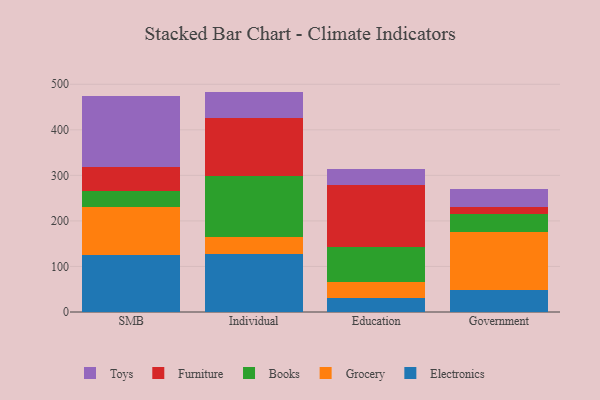
{"axis": {"x": "Segment", "y": "Budget (USD K)"}, "legend": ["Books", "Electronics", "Furniture", "Grocery", "Toys"], "data": [{"x": "SMB", "y": 124.8, "type": "Electronics"}, {"x": "SMB", "y": 105.2, "type": "Grocery"}, {"x": "SMB", "y": 36.5, "type": "Books"}, {"x": "SMB", "y": 52.9, "type": "Furniture"}, {"x": "SMB", "y": 154.3, "type": "Toys"}, {"x": "Individual", "y": 128.1, "type": "Electronics"}, {"x": "Individual", "y": 36.8, "type": "Grocery"}, {"x": "Individual", "y": 134.6, "type": "Books"}, {"x": "Individual", "y": 126.7, "type": "Furniture"}, {"x": "Individual", "y": 57.7, "type": "Toys"}, {"x": "Education", "y": 31.6, "type": "Electronics"}, {"x": "Education", "y": 33.9, "type": "Grocery"}, {"x": "Education", "y": 76.5, "type": "Books"}, {"x": "Education", "y": 137.5, "type": "Furniture"}, {"x": "Education", "y": 34.8, "type": "Toys"}, {"x": "Government", "y": 47.7, "type": "Electronics"}, {"x": "Government", "y": 128.8, "type": "Grocery"}, {"x": "Government", "y": 39.2, "type": "Books"}, {"x": "Government", "y": 13.8, "type": "Furniture"}, {"x": "Government", "y": 41.5, "type": "Toys"}]}